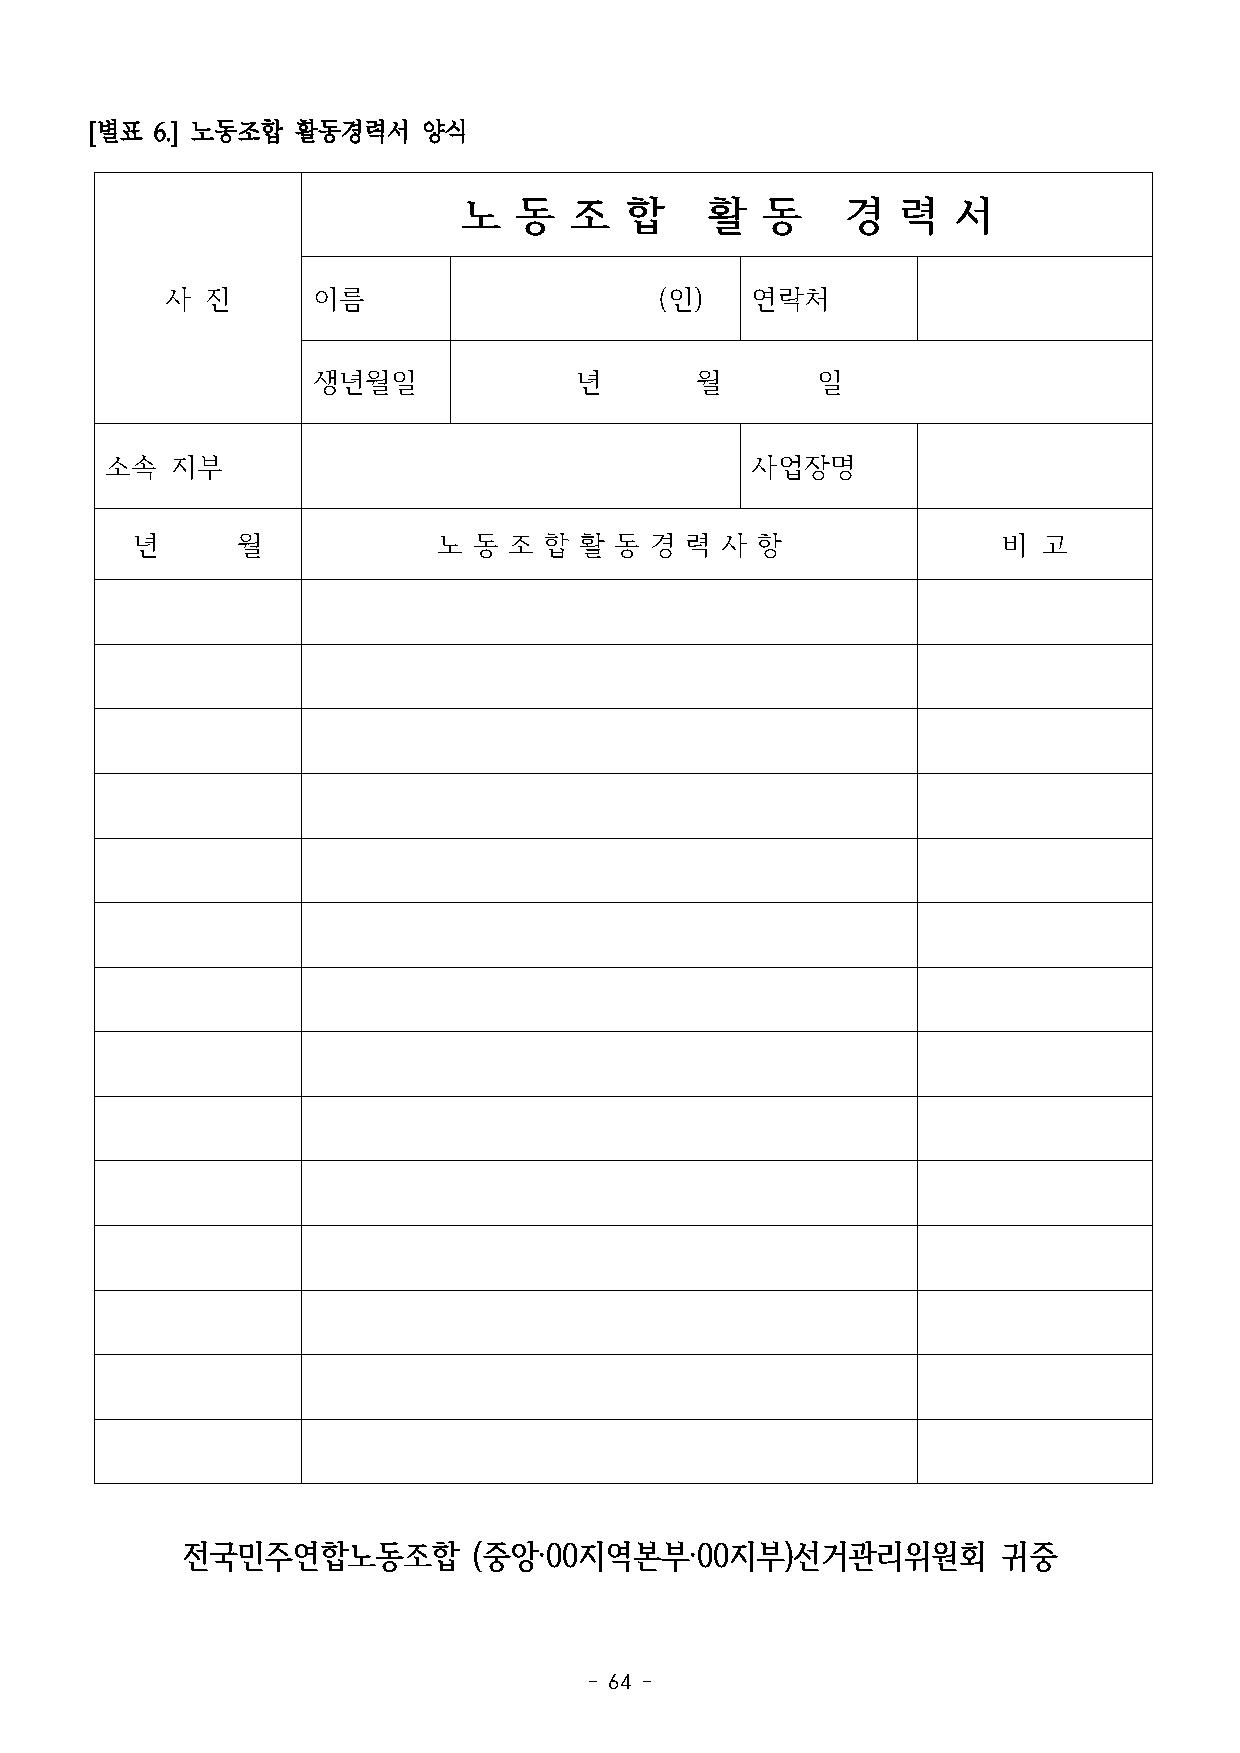
[별표 6.] 노동조합 활동경력서    양식
 노  동   조  합     활  동     경   력  서
 사  진      이름                     (인)   연락처
 생년월일             년       월       일
 소속  지부                                     사업장명
 년      월            노 동  조 합 활  동 경 력  사 항               비  고
 전국민주연합노동조합         (중앙·00지역본부·00지부)선거관리위원회            귀중
 - 64 -